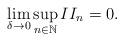
LaTeX: \begin{align*}\lim_{\delta\rightarrow 0}\sup_{n\in\mathbb{N}} II_n = 0 .\end{align*}